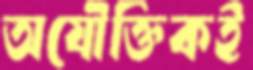
অযৌক্তিকই